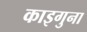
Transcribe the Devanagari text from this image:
काइगुना